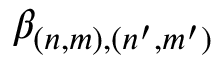
\beta _ { ( n , m ) , ( n ^ { \prime } , m ^ { \prime } ) }